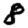
Digit: 8